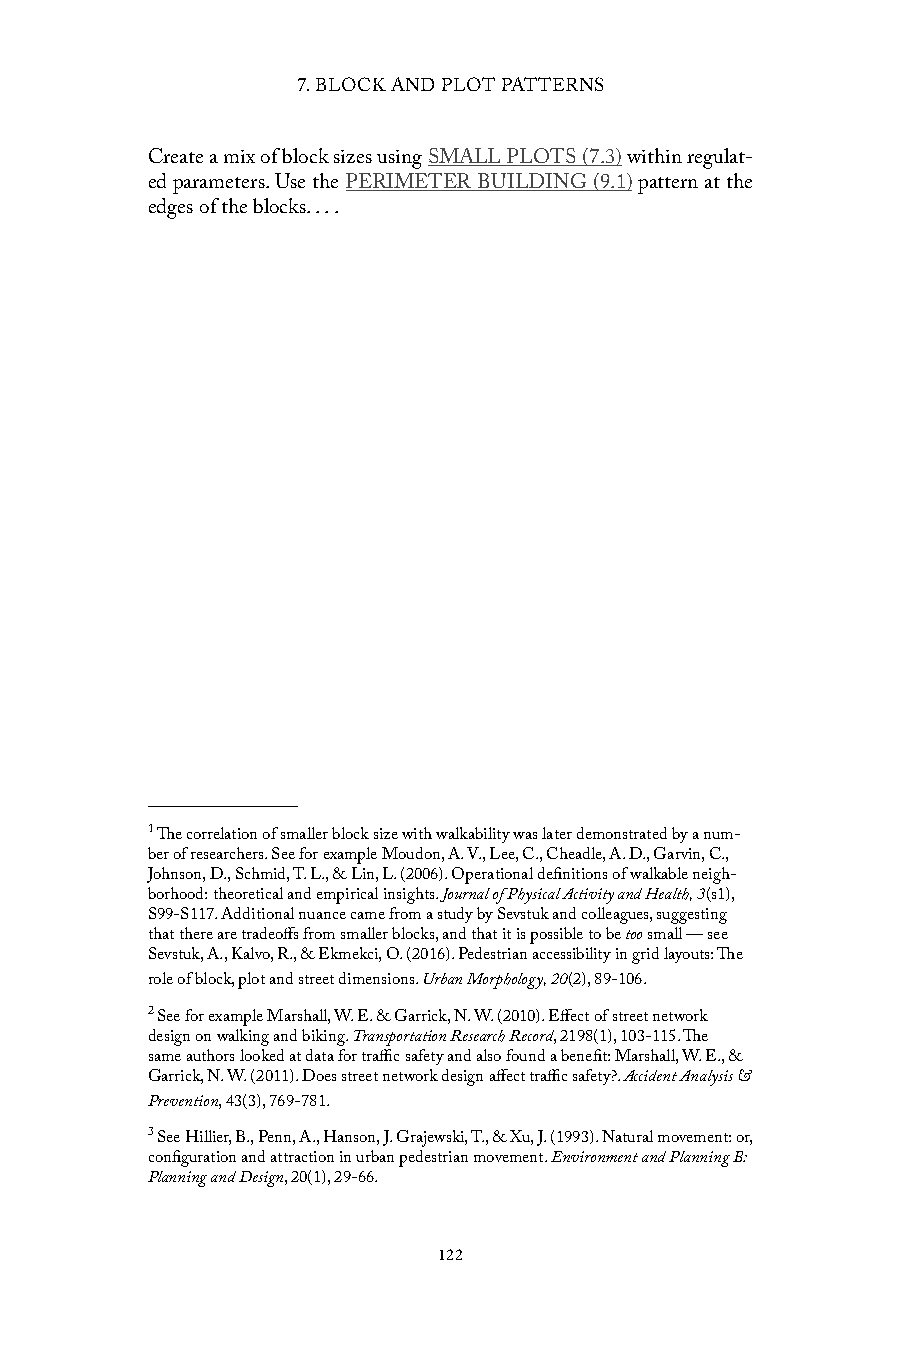
7. BLOCK AND PLOT PATTERNS
 Create a mix of block sizes using SMALL PLOTS (7.3) within regulat-
 ed parameters. Use the PERIMETER BUILDING (9.1) pattern at the
 edges of the blocks. . . .
 1 The correlation of smaller block size with walkability was later demonstrated by a num-
 ber of researchers. See for example Moudon, A. V., Lee, C., Cheadle, A. D., Garvin, C.,
 Johnson, D., Schmid, T. L., & Lin, L. (2006). Operational definitions of walkable neigh-
 borhood: theoretical and empirical insights. Journal of Physical Activity and Health, 3(s1),
 S99-S117. Additional nuance came from a study by Sevstuk and colleagues, suggesting
 that there are tradeoffs from smaller blocks, and that it is possible to be too small — see
 Sevstuk, A., Kalvo, R., & Ekmekci, O. (2016). Pedestrian accessibility in grid layouts: The
 role of block, plot and street dimensions. Urban Morphology, 20(2), 89-106.
 2 See for example Marshall, W. E. & Garrick, N. W. (2010). Effect of street network
 design on walking and biking. Transportation Research Record, 2198(1), 103-115. The
 same authors looked at data for traffic safety and also found a benefit: Marshall, W. E., &
 Garrick, N. W. (2011). Does street network design affect traffic safety?. Accident Analysis &
 Prevention, 43(3), 769-781.
 3 See Hillier, B., Penn, A., Hanson, J. Grajewski, T., & Xu, J. (1993). Natural movement: or,
 configuration and attraction in urban pedestrian movement. Environment and Planning B:
 Planning and Design, 20(1), 29-66.
 122